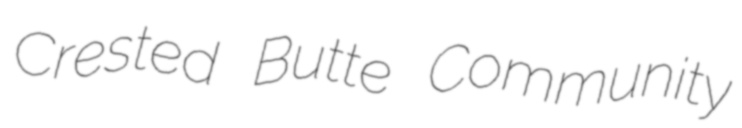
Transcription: Crested Butte Community